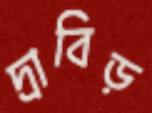
দ্রাবিড়